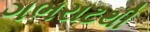
ગભરાટથી